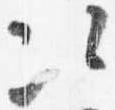
次